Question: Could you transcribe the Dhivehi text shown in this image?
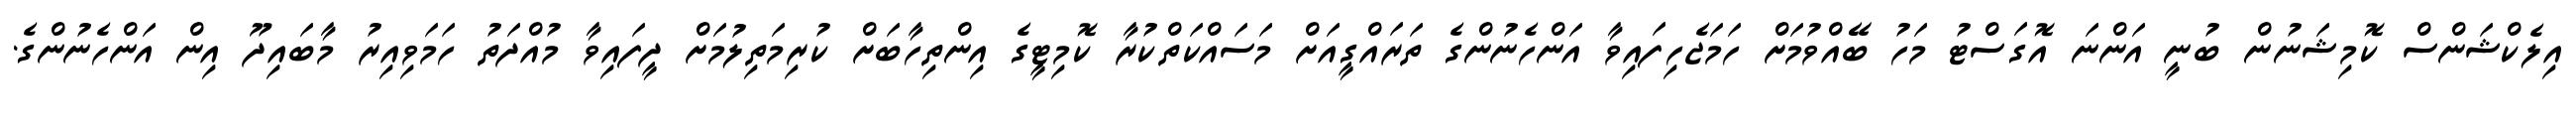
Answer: އިލެކްޝަންސް ކޮމިޝަނުން ބުނީ އަންނަ އޮގަސްޓު މަހު ބޭއްވުމަށް ހަމަޖެހިފައިވާ އަންހެނުންގެ ތަރައްގީއަށް މަސައްކަތްކުރާ ކޮމިޓީގެ އިންތިހާބަށް ކުރިމަތިލުމަށް ދީފައިވާ މުއްދަތު ހަމަވިއިރު މާބައިދޫ އިން އަންހެނުންގެ.